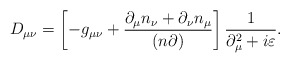
\begin{align*}D_{\mu \nu} = \left[ -g_{\mu \nu} + \frac{\partial_{\mu} n_{\nu} +\partial_{\nu} n_{\mu}}{(n \partial)} \right]\frac{1}{\partial^2_{\mu} + i \varepsilon}.\end{align*}